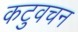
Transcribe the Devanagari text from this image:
कटुवचन